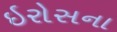
ઇરોસના